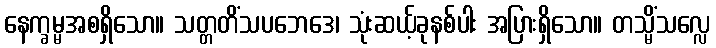
နေက္ခမ္မအစရှိသော။ သတ္တတိံသပဘေဒေ၊ သုံးဆယ့်ခုနစ်ပါး အပြားရှိသော။ တသ္မိံသလ္လေ